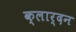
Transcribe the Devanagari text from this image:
क्लार्दन